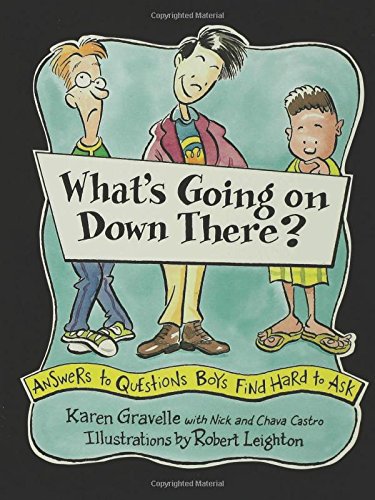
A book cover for What's Going on Down There?: Answers to Questions Boys Find Hard to Ask; Karen Gravelle; Children's Books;